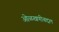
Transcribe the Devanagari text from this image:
ओळखणीबद्दल